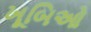
ખૂબિઓ